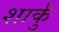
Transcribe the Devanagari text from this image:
शार्कु